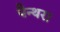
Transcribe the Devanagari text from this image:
पैन्थरा